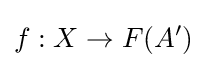
f:X\to F(A')